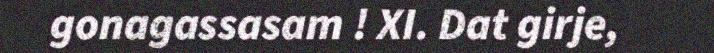
gonagassasam ! XI. Dat girje,